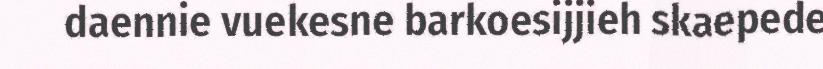
daennie vuekesne barkoesijjieh skaepede